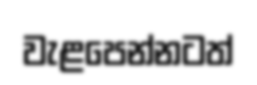
වැළපෙන්නටත්